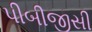
પીબીજીસી